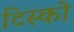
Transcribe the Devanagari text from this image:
टिस्‍को